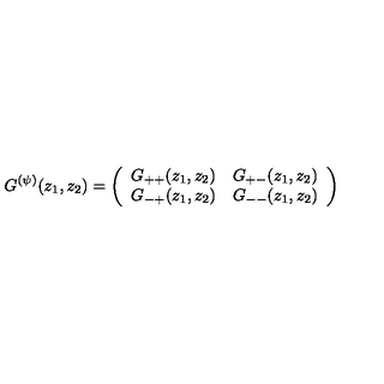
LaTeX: G ^ { ( \psi ) } ( z _ { 1 } , z _ { 2 } ) = \left( \begin{array} { l l } { G _ { + + } ( z _ { 1 } , z _ { 2 } ) } & { G _ { + - } ( z _ { 1 } , z _ { 2 } ) } \\ { G _ { - + } ( z _ { 1 } , z _ { 2 } ) } & { G _ { -- } ( z _ { 1 } , z _ { 2 } ) } \\ \end{array} \right)